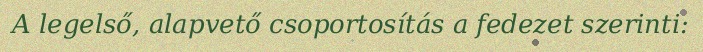
A legelső, alapvető csoportosítás a fedezet szerinti: